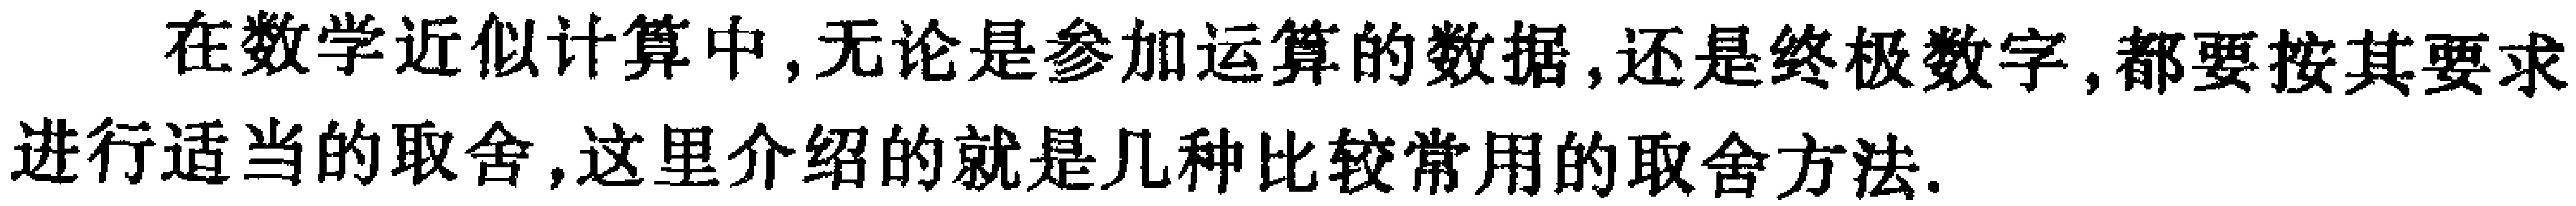
在数学近似计算中,无论是参加运算的数据,还是终极数字,都要按其要求进行适当的取舍,这里介绍的就是几种比较常用的取舍方法.